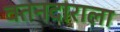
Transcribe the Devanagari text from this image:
वतनदाराला